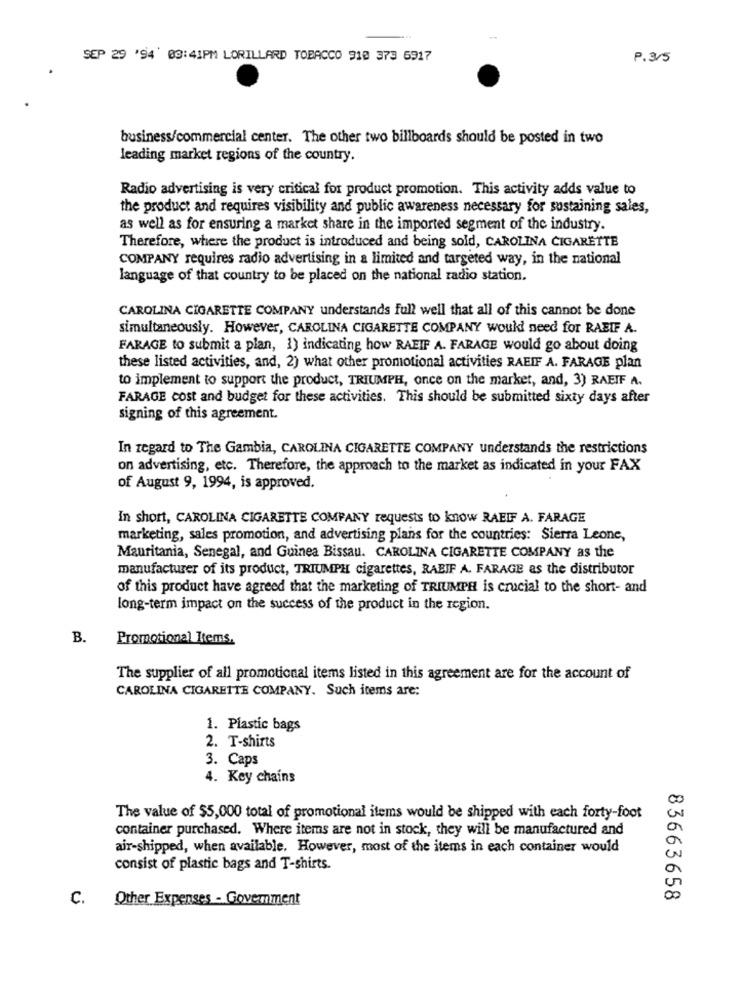
SEP 29 '94 03:41PM LORILLARD TOBACCO 918 373 6917
P. 3/5
business/commercial center. The other two billboards should be posted in two
leading market regions of the country.
Radio advertising is very critical for product promotion. This activity adds value to
the product and requires visibility and public awareness necessary for sustaining sales,
as well as for ensuring a market share in the imported segment of the industry.
Therefore, where the product is introduced and being sold, CAROLINA CIGARETTE
COMPANY requires radio advertising in a limited and targeted way, in the national
language of that country to be placed on the national radio station.
CAROLINA CIGARETTE COMPANY understands full well that all of this cannot be done
simultaneously. However, CAROLINA CIGARETTE COMPANY would need for RABIF A.
FARAGE to submit a plan, 1) indicating how RAEIF A. FARAGE would go about doing
these listed activities, and, 2) what other promotional activities RAEIF A. FARAGE plan
to implement to support the product, TRIUMPH, once on the market, and, 3) RAEIF A.
FARAGE cost and budget for these activities. This should be submitted sixty days after
signing of this agreement.
In regard to The Gambia, CAROLINA CIGARETTE COMPANY understands the restrictions
on advertising, etc. Therefore, the approach to the market as indicated in your FAX
of August 9, 1994, is approved.
In short, CAROLINA CIGARETTE COMPANY requests to know RAEIF A. FARAGE
marketing, sales promotion, and advertising plans for the countries: Sierra Leone,
Mauritania, Senegal, and Guinea Bissau. CAROLINA CIGARETTE COMPANY as the
manufacturer of its product, TRIUMPH cigarettes, RABIF A. FARAGE as the distributor
of this product have agreed that the marketing of TRIUMPH is crucial to the short- and
long-term impact on the success of the product in the region.
B.
Promotional Items.
The supplier of all promotional items listed in this agreement are for the account of
CAROLINA CIGARETTE COMPANY. Such items are:
1. Plastic bags
2. T-shirts
3. Caps
4. Key chains
The value of $5,000 total of promotional items would be shipped with each forty-foot
container purchased. Where items are not in stock, they will be manufactured and
air-shipped, when available. However, most of the items in each container would
consist of plastic bags and T-shirts.
C.
Other Expenses - Government
83663658